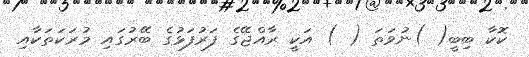
ކޮކާ ބިބީ( )ނުވަތަ ( ) އަކީ ރާއްޖޭގެ ފަރުފަޅުގެ ބޭރުގައި މުރަކަތަކާއި